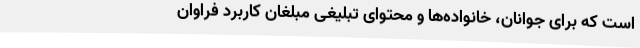
است که برای جوانان، خانواده‌ها و محتوای تبلیغی مبلغان کاربرد فراوان